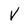
Character: V